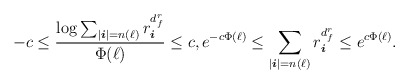
\begin{align*} -c \leq \frac{ \log \sum_{| \boldsymbol{i} | = n (\ell) } r_{ \boldsymbol{i} }^{d_f^r}}{ \Phi(\ell) } \leq c, e^{-c\Phi(\ell)} \leq \sum_{| \boldsymbol{i} |= n (\ell) } r_{ \boldsymbol{i} }^{d_f^r} \leq e^{ c\Phi(\ell)}.\end{align*}